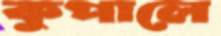
কুপালে